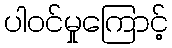
ပါဝင်မှုကြောင့်